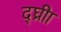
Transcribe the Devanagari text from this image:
द्घ्रीा